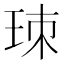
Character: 𤤹